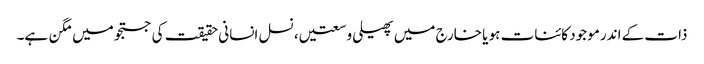
ذات کے اندر موجود کائنات ہو یا خارج میں پھیلی وسعتیں، نسل انسانی حقیقت کی جستجو میں مگن ہے۔